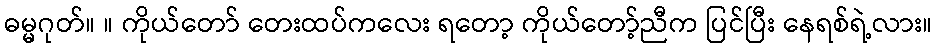
ဓမ္မဂုတ်။ ။ ကိုယ်တော် တေးထပ်ကလေး ရတော့ ကိုယ်တော့်ညီက ပြင်ပြီး နေရစ်ရဲ့လား။